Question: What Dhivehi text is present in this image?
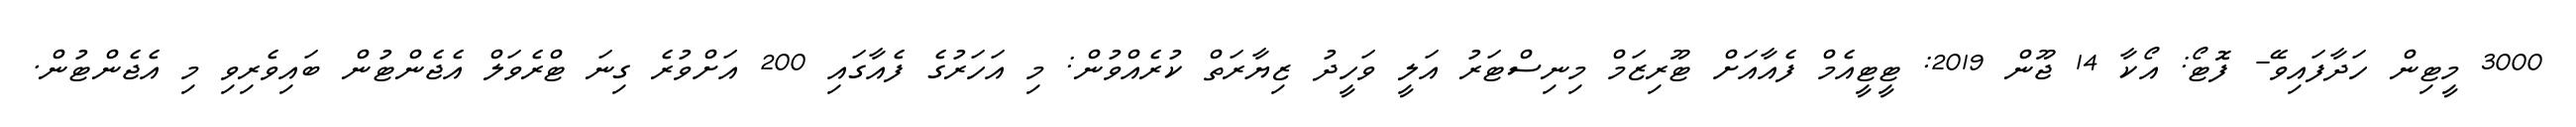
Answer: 3000 މީޓިން ހަދާފައިވޭ- ފޮޓޯ: އޯކާ 14 ޖޫން 2019: ޓީޓީއެމް ފެއާއަށް ޓޫރިޒަމް މިނިސްޓަރު އަލީ ވަހީދު ޒިޔާރަތް ކުރެއްވުން: މި އަހަރުގެ ފެއާގައި 200 އަށްވުރެ ގިނަ ޓްރެވަލް އެޖެންޓުން ބައިވެރިވި މި އެޖެންޓުން.